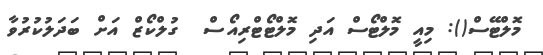
މޮލްޓޭސް(): މިއީ މޮލްޓޯސް އަދި މޮލްޓޯޓްރިއޯސް  ގުލްކޯޒް އަށް ބަދަލުކުރުވާ